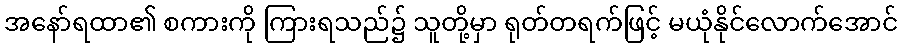
အနော်ရထာ၏ စကားကို ကြားရသည်၌ သူတို့မှာ ရုတ်တရက်ဖြင့် မယုံနိုင်လောက်အောင်